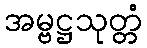
အမ္ဗဋ္ဌသုတ္တံ